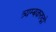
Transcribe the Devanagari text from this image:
त्र्यम्बकरुद्रो